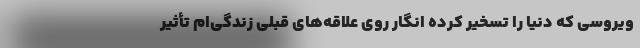
ویروسی که دنیا را تسخیر کرده انگار روی علاقه‌های قبلی زندگی‌ام تأثیر